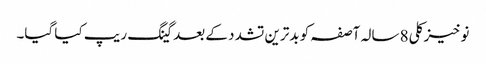
نوخیز کلی 8 سالہ آصفہ کو بدترین تشدد کے بعد گینگ ریپ کیا گیا۔